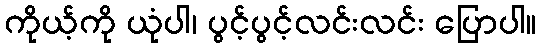
ကိုယ့်ကို ယုံပါ၊ ပွင့်ပွင့်လင်းလင်း ပြောပါ။